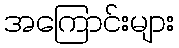
အကြောင်းများ